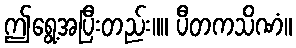
ဤရွေ့အပြီးတည်း။။ ပီတကသိဏံ။